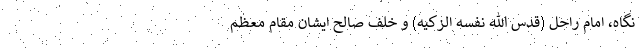
نگاه، امام راحل (قدس الله نفسه الزکیه) و خلف صالح ایشان مقام معظم